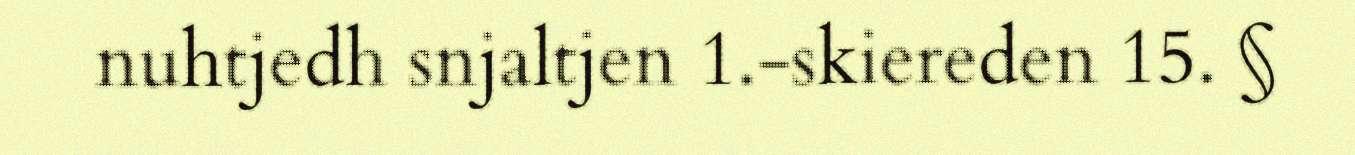
nuhtjedh snjaltjen 1.-skiereden 15. §